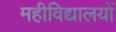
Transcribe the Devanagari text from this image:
महीविद्यालयों